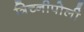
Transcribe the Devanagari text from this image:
त्रिच्नीपोली